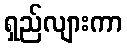
ရှည်လျားကာ